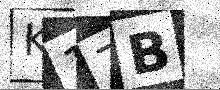
Text: K17B